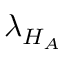
\lambda _ { H _ { A } }